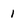
Character: 1